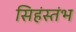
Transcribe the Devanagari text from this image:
सिहंस्तंभ